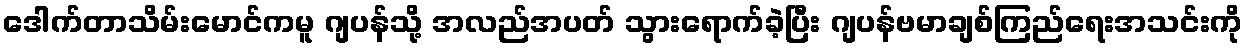
ဒေါက်တာသိမ်းမောင်ကမူ ဂျပန်သို့ အလည်အပတ် သွားရောက်ခဲ့ပြီး ဂျပန်ဗမာချစ်ကြည်ရေးအသင်းကို